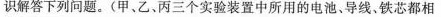
识解答下列问题。(甲、乙、丙三个实验装置中所用的电池、导线。铁芯都相